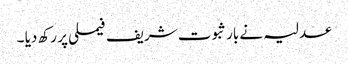
عدلیہ نے بار ثبوت شریف فیملی پر رکھ دیا ۔